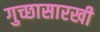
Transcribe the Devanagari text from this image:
गुच्छासारखी